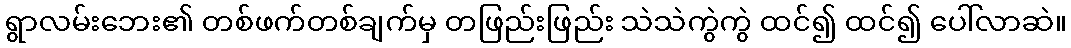
ရွာလမ်းဘေး၏ တစ်ဖက်တစ်ချက်မှ တဖြည်းဖြည်း သဲသဲကွဲကွဲ ထင်၍ ထင်၍ ပေါ်လာဆဲ။